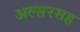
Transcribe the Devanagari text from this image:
अल्सरसह